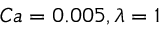
C a = 0 . 0 0 5 , \lambda = 1